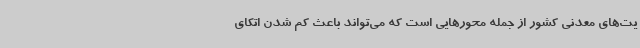
یت‌های معدنی کشور از جمله محورهایی است که می‌تواند باعث کم شدن اتکای